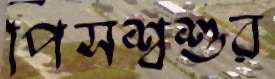
পিসশ্বশুর